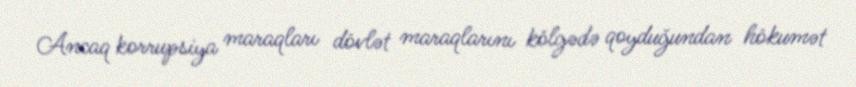
Ancaq korrupsiya maraqları dövlət maraqlarını kölgədə qoyduğundan hökumət